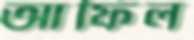
আফিল